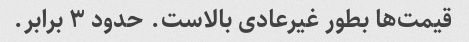
قیمت‌ها بطور غیرعادی بالاست. حدود ۳ برابر.